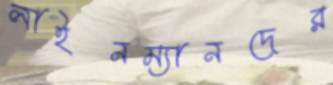
লাইনম্যানদের